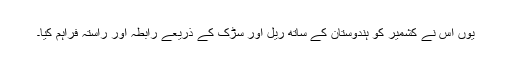
یوں اس نے کشمیر کو ہندوستان کے ساتھ ریل اور سڑک کے ذریعے رابطہ اور راستہ فراہم کیا۔